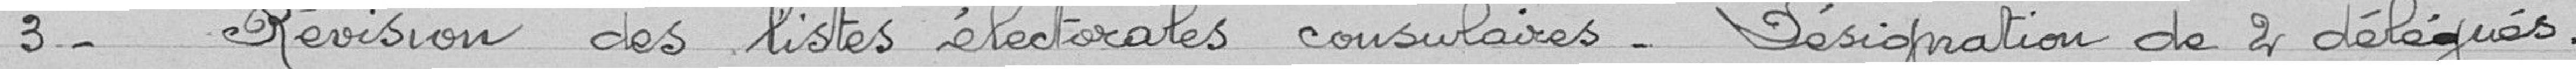
3- Révision des listes électorales consulaires - désignation de  2 délégués